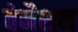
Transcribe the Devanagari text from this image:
वेनैशन